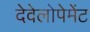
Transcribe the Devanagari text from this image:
देवेलोपेमेंट